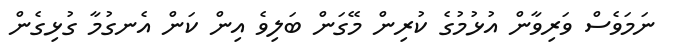
ނަމަވެސް ވަރިވާން އުޅުމުގެ ކުރިން މޭގަން ބަލިވެ އިން ކަން އެނގުމާ ގުޅިގެން